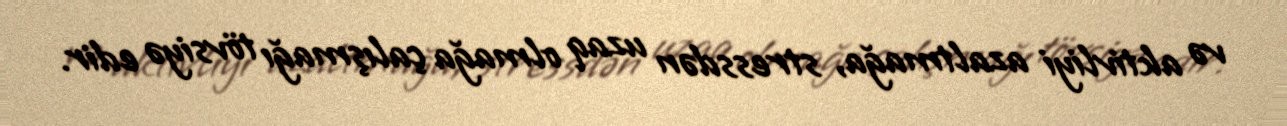
və aktivliyi azaltmağa, stressdən uzaq olmağa çalışmağı tövsiyə edir.